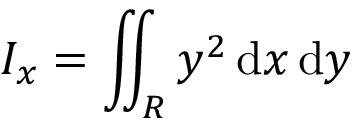
I _ { x } = \iint _ { R } y ^ { 2 } \, \mathrm { d } x \, \mathrm { d } y